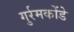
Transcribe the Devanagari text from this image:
गुर्रमकोंडे